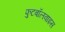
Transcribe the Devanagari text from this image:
फुटबॉलवाइस